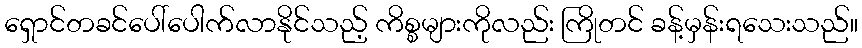
ရှောင်တခင်ပေါ်ပေါက်လာနိုင်သည့် ကိစ္စများကိုလည်း ကြိုတင် ခန့်မှန်းရသေးသည်။